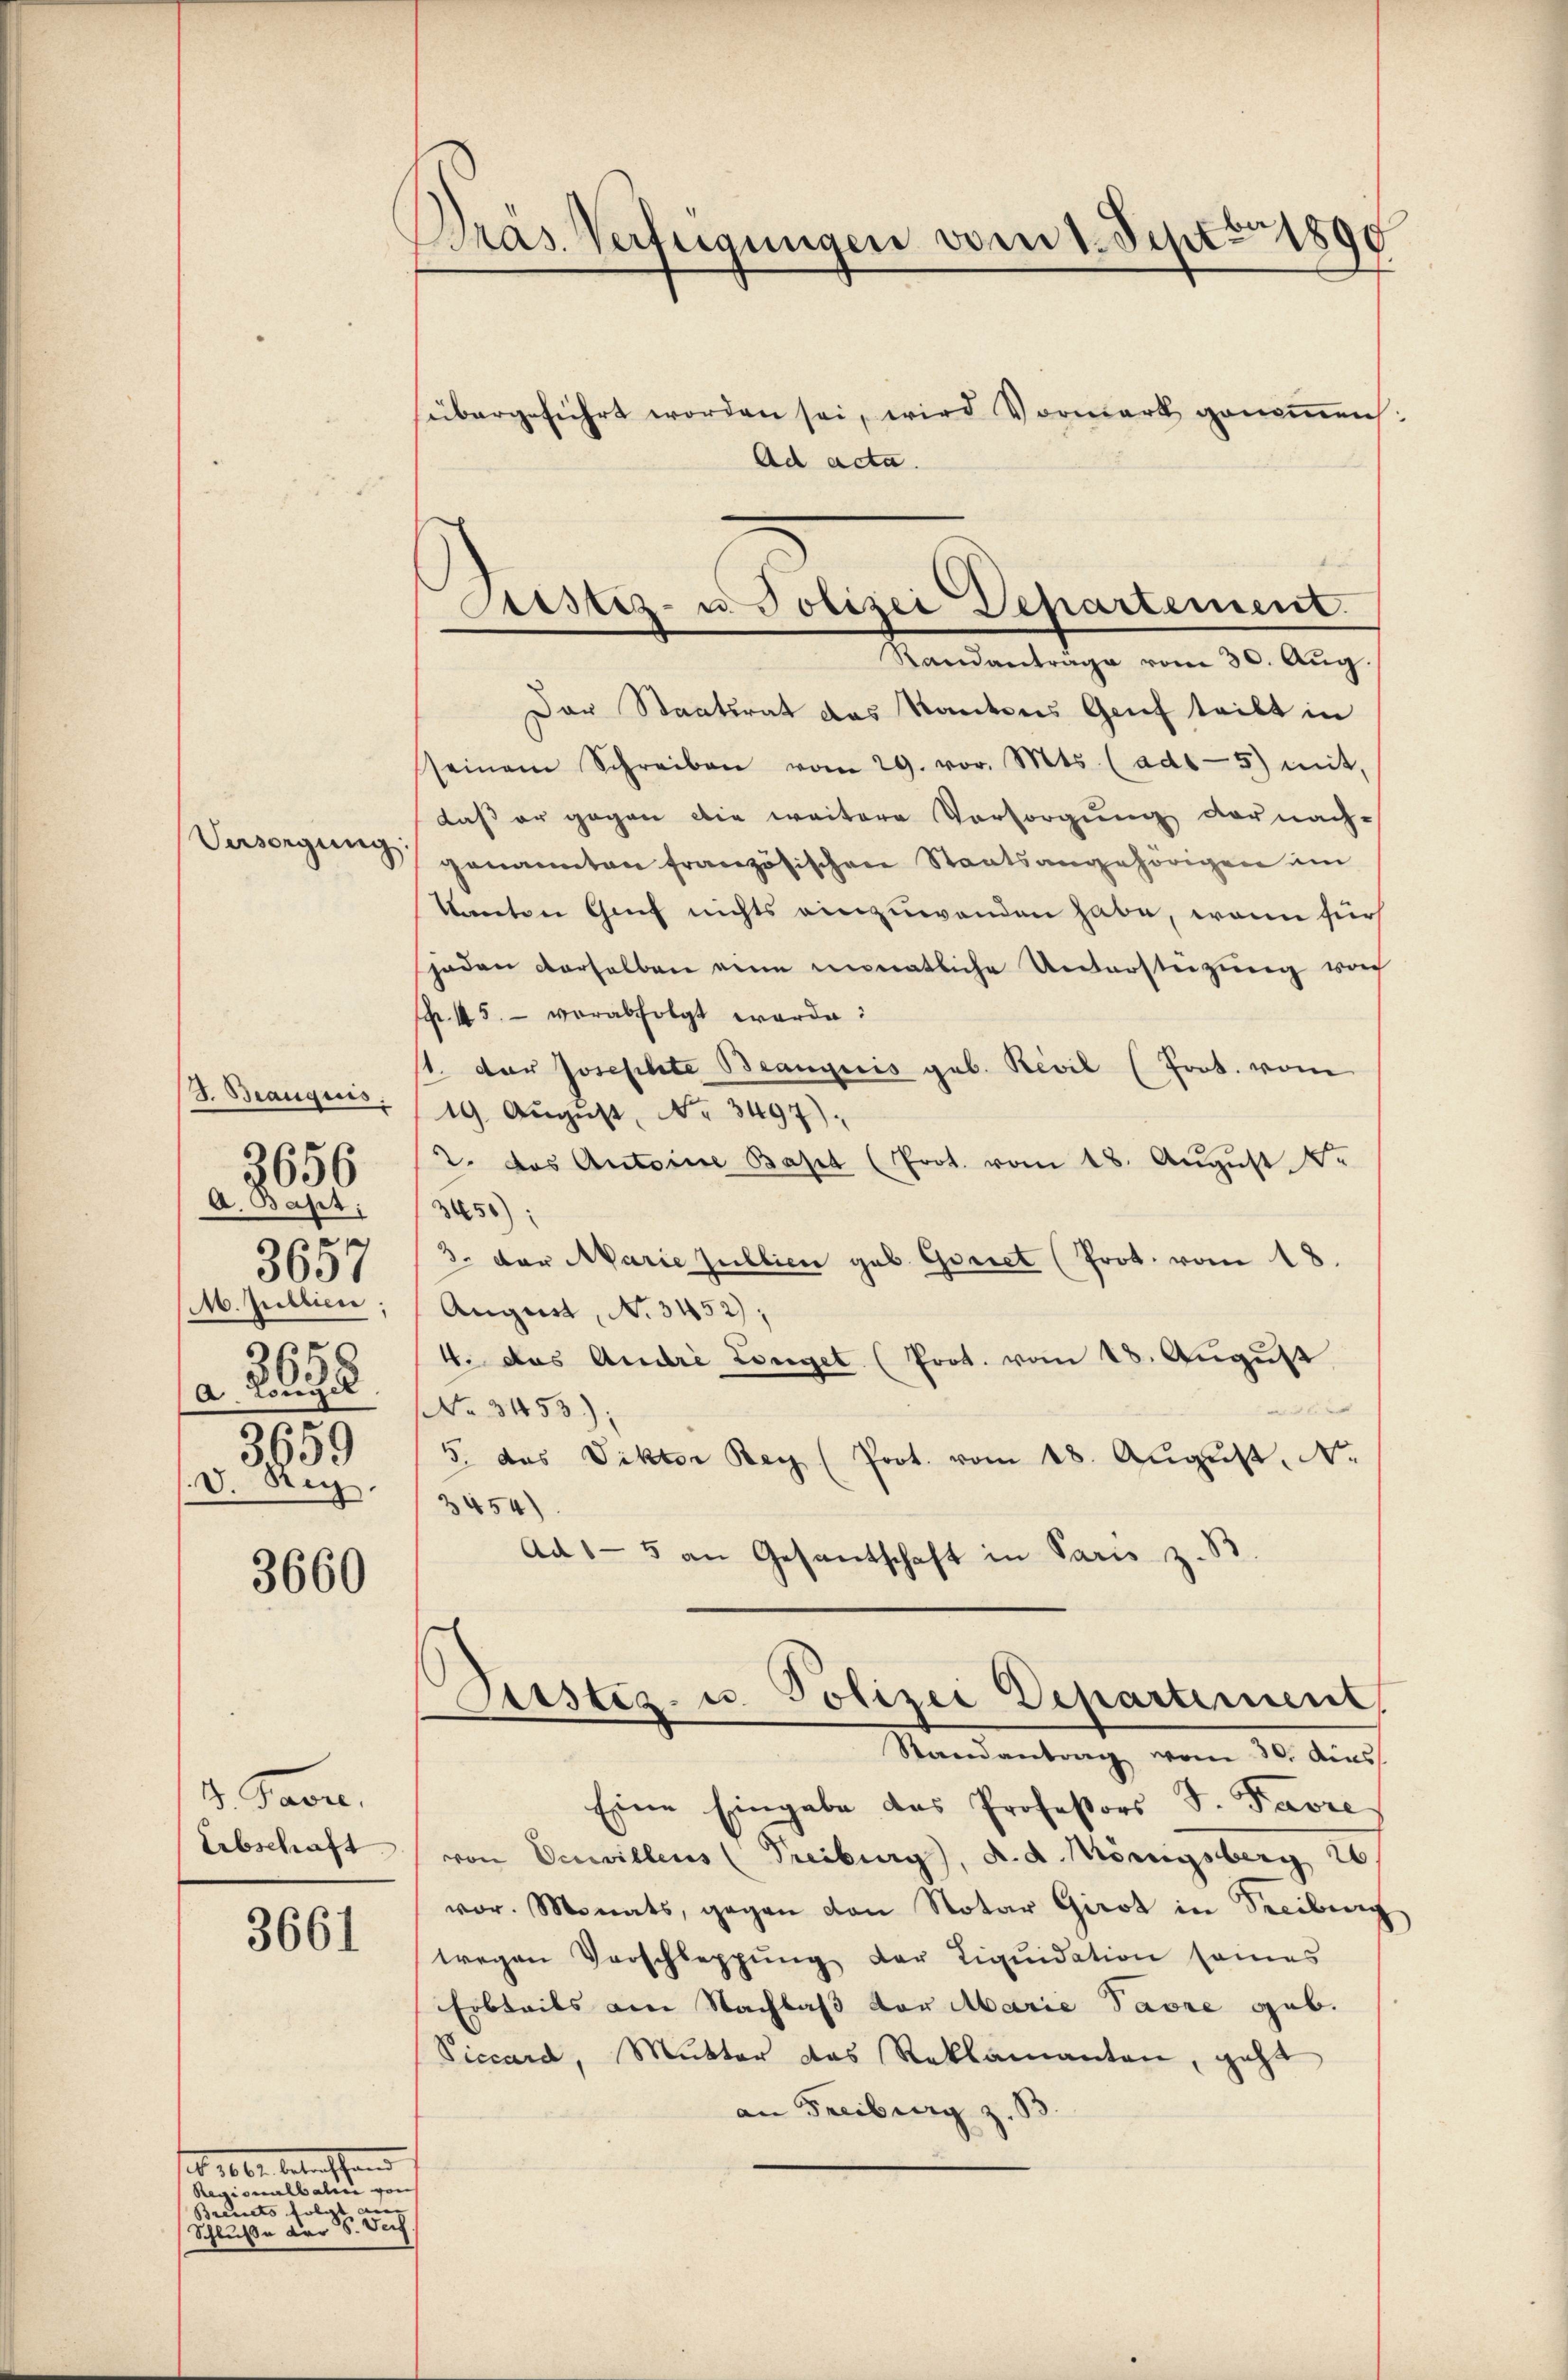
Versorgung

3656

J. Brauquis
A. Bapt;
3637
M. Jullien;
a. 208
e
3659
V. Reg.

d

3660

d. Paure,
Erbschaft

3661

Präs. Verfügungen vom 1. Sept. 1890
übergeführt worden sei, wird Vormark genoṁen.
Ad acta.

se 100. betreffen
Regionalbahre von
Brevets folgt aus |
Schluße der S. Verf

Der Staatsrat das Kantons Genf teilt in
seinem Schreiben vom 29. vor. Mts. (ads-5) mit
daß er gegen die weitere Vorsorgung darnach-
genannten französischen Staatsangehörigen im
kanton Genf nichts einzuwenden habe, wenn für
jaden derselben eine monatliche Untersteizung vo
p. 15. verabfolgt werde:
st. der Josephte Beaugnis geb. Rivil (Prot. vom
19. Aŭgŭst No. 3497).
2. das Antoine Basel (Prot. vom 18. Aŭgŭst .
2250):
3. der Marie sullien geb. Goriet (Prot. vom 18.
August, No 3452);
4. Das Andre Longet (Prot. vom 18. August
 |
No 3453);
5. das Viktor Bey (Prot. vom 18. August, Nr.
3454)
Ad 1-5 an Gesantschaft in Paris z. B.
Carsteg u. Polizei Departement
Randantrag vom 30. Aus
Eine Eingabe des Professors S. Pavre
von Servillens (Freiburg), d. d. Königsberg 26
vor. Monats, gegen von Notar Girot in Streiburg
wegen Vorschleppung der Liquidation seines
Erbteils am Nachlaß vor Marie Parre geb.
Viccard, Mutter das Reklamanten, geht
an Freiburg z. B

Justiz- u. Polizei Departement
Kandantrage vom 30. Aug.